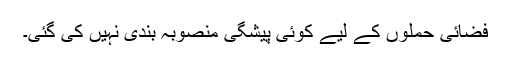
فضائی حملوں کے لیے کوئی پیشگی منصوبہ بندی نہیں کی گئی۔